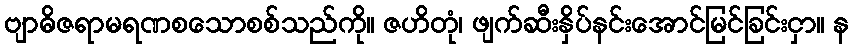
ဗျာဓိဇရာမရဏစသောစစ်သည်ကို။ ဇဟိတုံ၊ ဖျက်ဆီးနှိပ်နင်းအောင်မြင်ခြင်းငှာ။ န